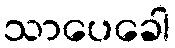
သာပေခေါ